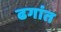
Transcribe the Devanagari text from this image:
ढगांत